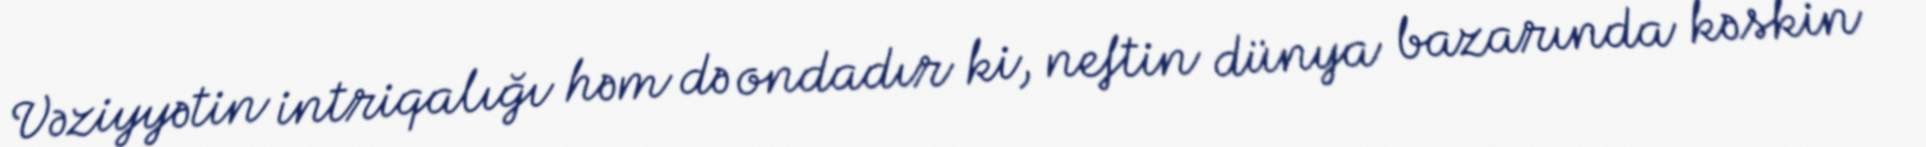
Vəziyyətin intriqalığı həm də ondadır ki, neftin dünya bazarında kəskin